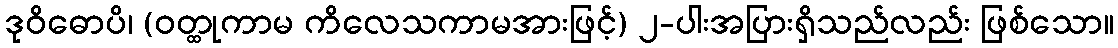
ဒုဝိဓောပိ၊ (ဝတ္ထုကာမ ကိလေသကာမအားဖြင့်) ၂-ပါးအပြားရှိသည်လည်း ဖြစ်သော။